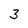
Character: 3